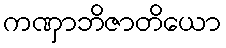
ကဏှာဘိဇာတိယော